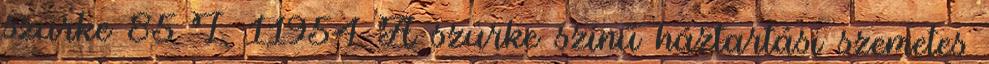
szürke 85 L 11954 A szürke színű háztartási szemetes